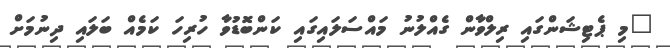
"މި ޕެޓިޝަންގައި ރިލްވާން ގެއްލުނު މައްސަލައިގައި ކަންބޮޑުވާ ހުރިހަ ކަމެއް ބަލައި ދިނުމަށް